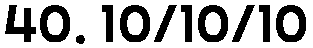
40. 10/10/10